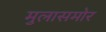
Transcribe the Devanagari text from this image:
मुलासमोर